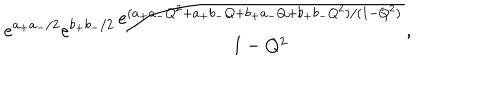
e ^ { a _ { + } a _ { - } / 2 } e ^ { b _ { + } b _ { - } / 2 } \frac { e ^ { ( a _ { + } a _ { - } Q ^ { 2 } + a _ { + } b _ { - } Q + b _ { + } a _ { - } Q + b _ { + } b _ { - } Q ^ { 2 } ) / ( 1 - Q ^ { 2 } ) } } { 1 - Q ^ { 2 } } ,